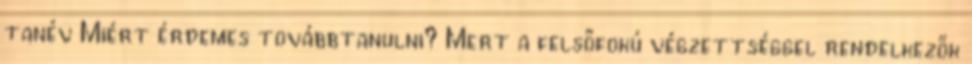
tanév Miért érdemes továbbtanulni? Mert a felsőfokú végzettséggel rendelkezők